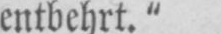
entbehrt.“